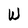
Character: W